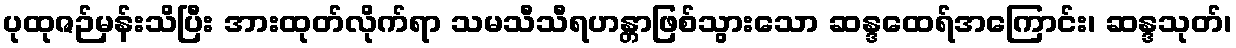
ပုထုဇဉ်မှန်းသိပြီး အားထုတ်လိုက်ရာ သမသီသီရဟန္တာဖြစ်သွားသော ဆန္ဒထေရ်အကြောင်း၊ ဆန္ဒသုတ်၊